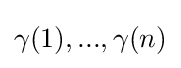
\gamma (1),...,\gamma (n)